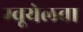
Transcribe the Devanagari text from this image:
म्वूयेलवा